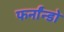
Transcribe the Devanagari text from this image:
फर्नांन्डो